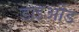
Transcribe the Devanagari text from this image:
डाइओड